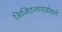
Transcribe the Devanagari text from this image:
डिजिटलायझेशने